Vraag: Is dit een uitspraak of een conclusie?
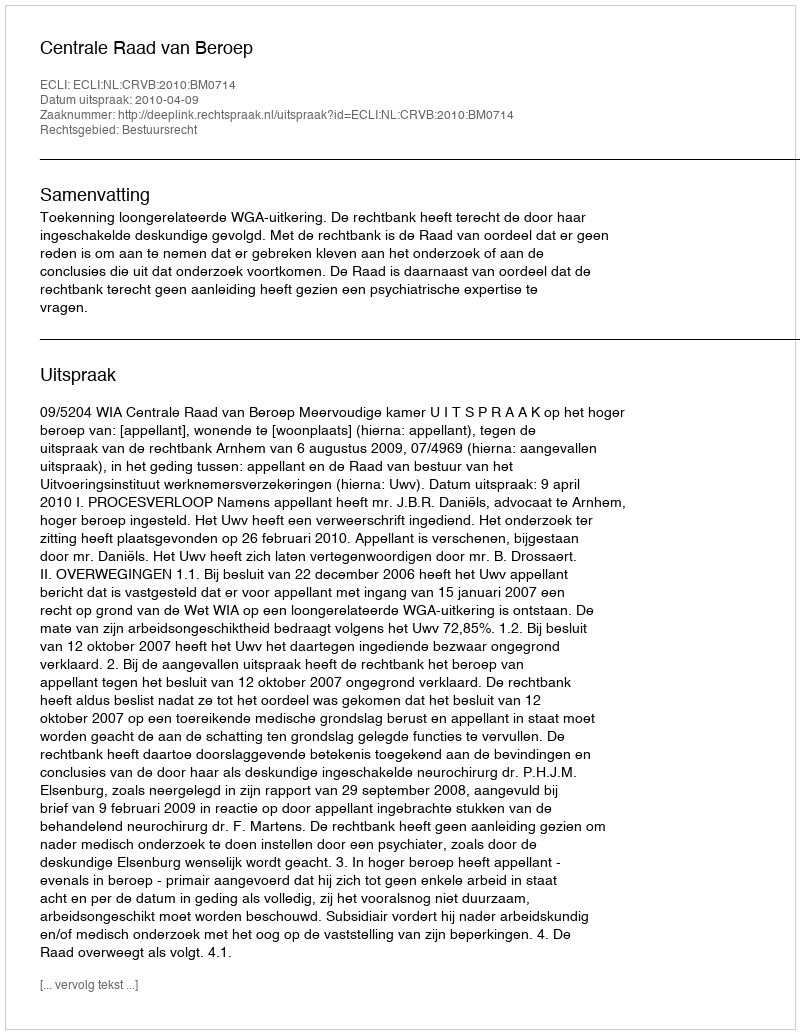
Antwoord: Uitspraak